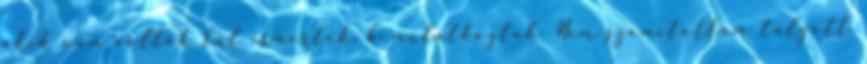
akik nem voltak túl ismertek, bemutatkoztak. Nem számítottam túlzott